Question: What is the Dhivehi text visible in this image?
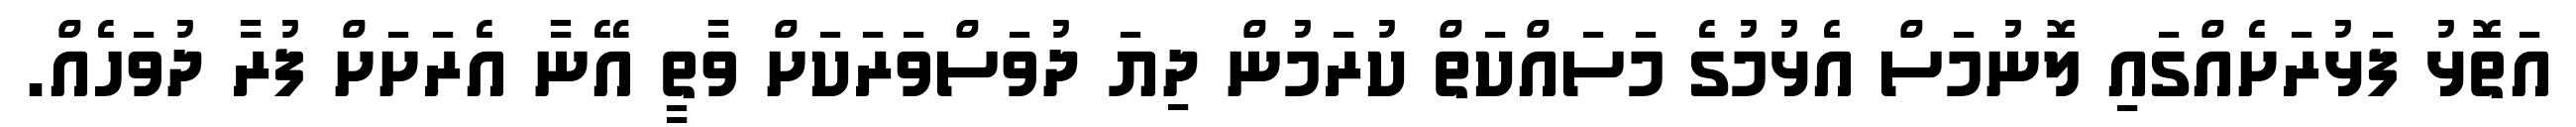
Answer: އަތޮޅު ފަޅުރަށެއްގައި ލޮނުމަސް އެޅުމުގެ މަސައްކަތް ކުރަމުން ދިޔަ ދުވަސްވަރަކަށް ވާތީ އޭނާ އެރަށަށް ފުރާ ދުވަހެއް.